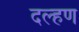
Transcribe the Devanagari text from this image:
दल्हण